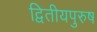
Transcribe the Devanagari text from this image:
द्वितीयपुरुष